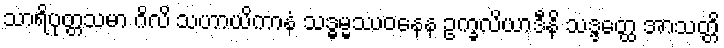
သာရိပုတ္တသမာ ဂိလိ သဟာယိကာနံ သဒ္ဓမ္မဿဝနေန ဥက္ခလိယာဒီနိ သဒ္ဒတ္ထေ အာသတ္တိ